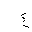
Letter: _gayn